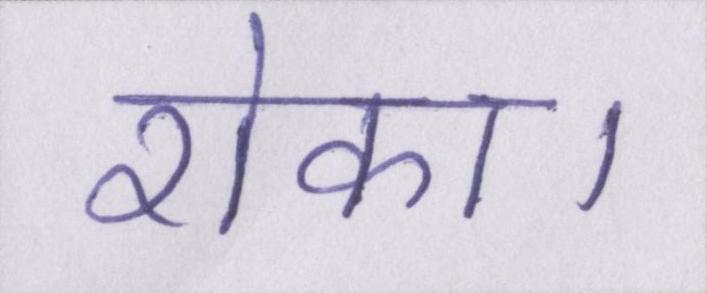
रोका।